Civil Veterinary Department. Madras. Admin. report 1926-33 - 1926-1933
Year: 1926
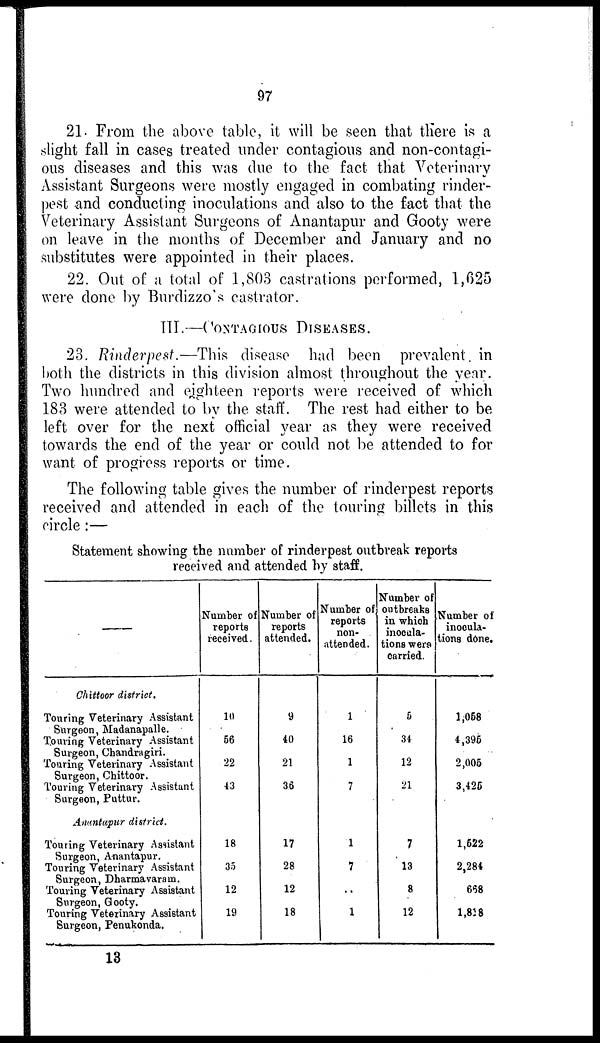
97
21. From the above table, it will be seen that there is a
slight fall in cases treated under contagious and non-contagi-
ous diseases and this was due to the fact that Veterinary
Assistant Surgeons were mostly engaged in combating rinder-
pest and conducting inoculations and also to the fact that the
Veterinary Assistant Surgeons of Anantapur and Gooty were
on leave in the months of December and January and no
substitutes were appointed in their places.
22. Out of a total of 1,803 castrations performed, 1,625
were done by Burdizzo's castrator.
III—CONTAGIOUS
DISEASES.
23. Rinderpest.—This disease had been prevalent in
both the districts in this division almost throughout the year.
Two hundred and eighteen reports were received of which
183 were attended to by the staff. The rest had either to be
left over for the next official year as they were received
towards the end of the year or could not be attended to for
want of progress reports or time.
The following table gives the number of rinderpest reports
received and attended in each of the touring billets in this
circle:—
Statement showing the number of rinderpest outbreak reports
received and attended by staff.
Number of
reports
received.
Number of
reports
attended.
Number of
reports
non-
attended.
Number of
outbreaks
in which
inocula-
tions were
carried.
Number of
inocula-
tions done.
Chittoor district.
Touring Veterinary Assistant
Surgeon, Madanapalle.
Touring Veterinary Assistant
Surgeon, Chandragiri.
Touring Veterinary Assistant
Surgeon, Chittoor.
Touring Veterinary Assistant
Surgeon, Puttur.
10
56
22
43
9
40
21
38
1
16
1
7
5
34
12
21
1,058
4,396
2,005
3,426
Anantapur district.
Touring Veterinary Assistant
Surgeon, Anantapur.
Touring Veterinary Assistant
Surgeon, Dharmavaram.
Touring Veterinary Assistant
Surgeon, Gooty.
Touring Veterinary Assistant
Surgeon, Penukonda.
18
35
12
19
17
28
12
18
1
7
..
1
7
13
8
12
1,522
2,284
668
1,818
13